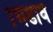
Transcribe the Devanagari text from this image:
भिडावे